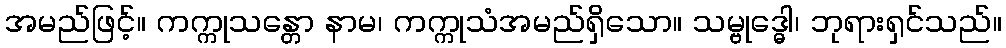
အမည်ဖြင့်။ ကက္ကုသန္တော နာမ၊ ကက္ကုသံအမည်ရှိသော။ သမ္ဗုဒ္ဓေါ၊ ဘုရားရှင်သည်။